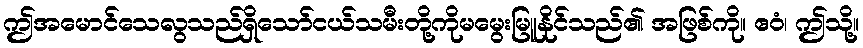
ဤအမောင်သေလွသည်ရှိသော်ငယ်သမီးတို့ကိုမမွေးမြူနိုင်သည်၏ အဖြစ်ကို။ ဧဝံ၊ ဤသို့။